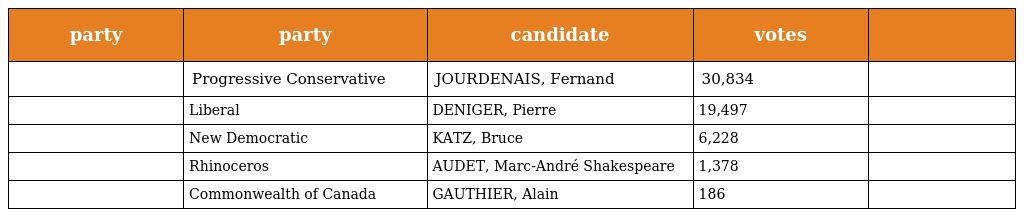
| party | party | candidate | votes |  |
 | --- | --- | --- | --- | --- |
 |  | Progressive Conservative | JOURDENAIS, Fernand | 30,834 |  |
 |  | Liberal | DENIGER, Pierre | 19,497 |  |
 |  | New Democratic | KATZ, Bruce | 6,228 |  |
 |  | Rhinoceros | AUDET, Marc-André Shakespeare | 1,378 |  |
 |  | Commonwealth of Canada | GAUTHIER, Alain | 186 |  |